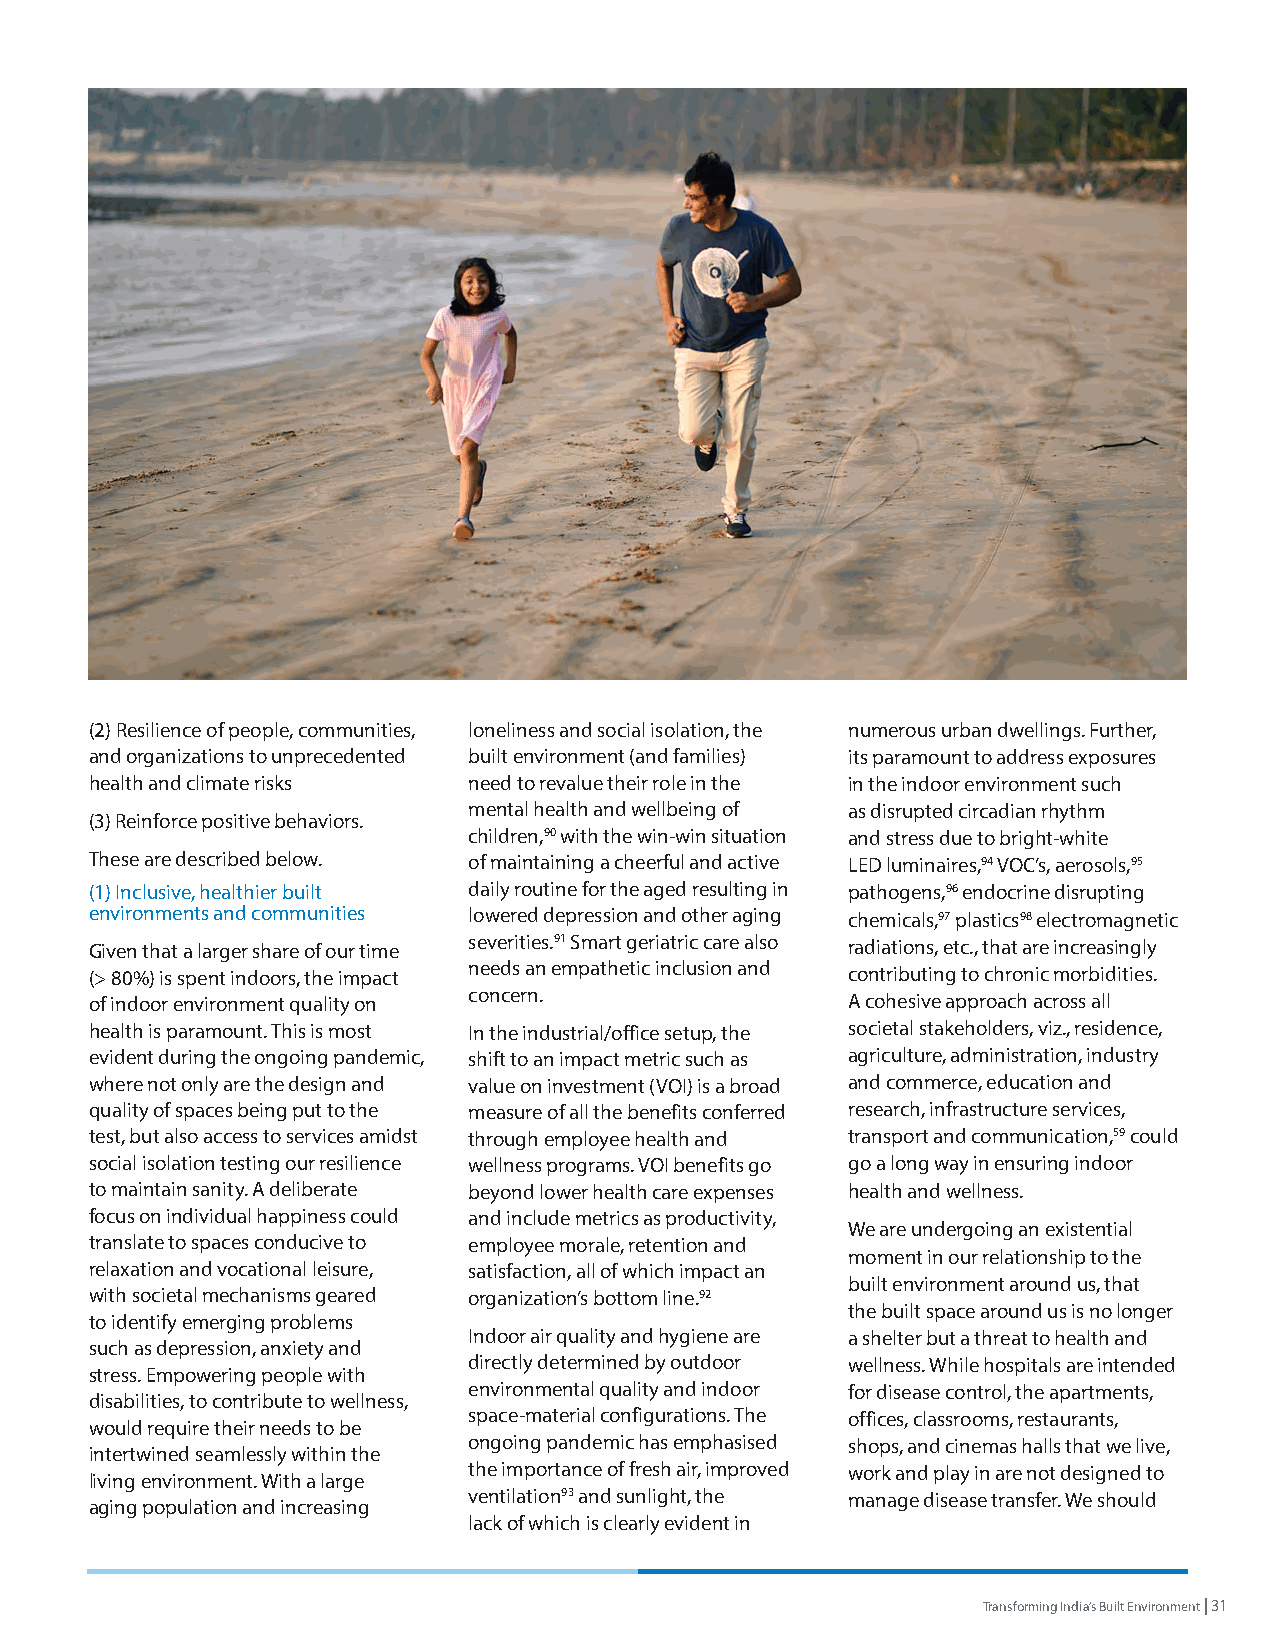
(2) Resilience of people, communities, loneliness and social isolation, the numerous urban dwellings. Further,
 and organizations to unprecedented built environment (and families) its paramount to address exposures
 health and climate risks need to revalue their role in the in the indoor environment such
 mental health and wellbeing of as disrupted circadian rhythm
 (3) Reinforce positive behaviors.
 children,90 with the win-win situation and stress due to bright-white
 These are described below. of maintaining a cheerful and active LED luminaires,94 VOC’s, aerosols,95
 (1) Inclusive, healthier built daily routine for the aged resulting in pathogens,96 endocrine disrupting
 environments and communities lowered depression and other aging chemicals,97 plastics98 electromagnetic
 Given that a larger share of our time severities.91 Smart geriatric care also radiations, etc., that are increasingly
 (> 80%) is spent indoors, the impact needs an empathetic inclusion and contributing to chronic morbidities.
 concern.
 of indoor environment quality on                  A cohesive approach across all
 health is paramount. This is most In the industrial/office setup, the societal stakeholders, viz., residence,
 evident during the ongoing pandemic, shift to an impact metric such as agriculture, administration, industry
 where not only are the design and value on investment (VOI) is a broad and commerce, education and
 quality of spaces being put to the measure of all the benefits conferred research, infrastructure services,
 test, but also access to services amidst through employee health and transport and communication,59 could
 social isolation testing our resilience wellness programs. VOI benefits go go a long way in ensuring indoor
 to maintain sanity. A deliberate beyond lower health care expenses health and wellness.
 focus on individual happiness could and include metrics as productivity,
 We are undergoing an existential
 translate to spaces conducive to employee morale, retention and
 moment in our relationship to the
 relaxation and vocational leisure, satisfaction, all of which impact an
 built environment around us, that
 with societal mechanisms geared organization’s bottom line.92
 the built space around us is no longer
 to identify emerging problems
 Indoor air quality and hygiene are a shelter but a threat to health and
 such as depression, anxiety and
 directly determined by outdoor wellness. While hospitals are intended
 stress. Empowering people with
 environmental quality and indoor for disease control, the apartments,
 disabilities, to contribute to wellness,
 space-material configurations. The offices, classrooms, restaurants,
 would require their needs to be
 ongoing pandemic has emphasised shops, and cinemas halls that we live,
 intertwined seamlessly within the
 the importance of fresh air, improved work and play in are not designed to
 living environment. With a large
 ventilation93 and sunlight, the manage disease transfer. We should
 aging population and increasing
 lack of which is clearly evident in
 Transforming India’s Built Environment | 31